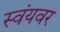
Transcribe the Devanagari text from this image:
स्वंयवर